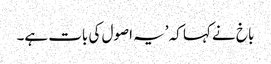
باخ نے کہا کہ ’یہ اصول کی بات ہے۔